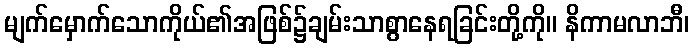
မျက်မှောက်သောကိုယ်၏အဖြစ်၌ချမ်းသာစွာနေရခြင်းတို့ကို။ နိကာမလာဘီ၊